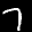
Label: 7